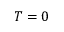
T = 0